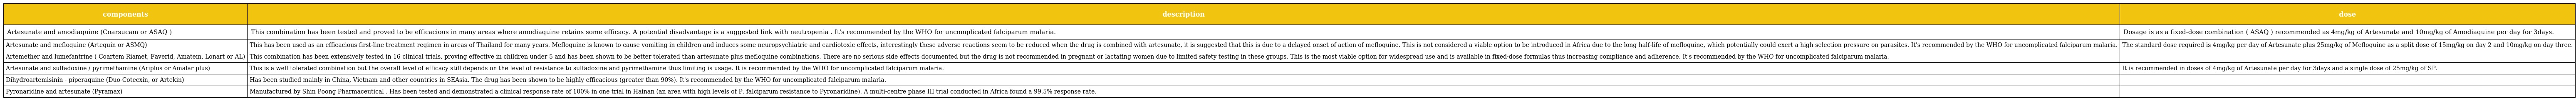
| components | description | dose |
 | --- | --- | --- |
 | Artesunate and amodiaquine (Coarsucam or ASAQ ) | This combination has been tested and proved to be efficacious in many areas where amodiaquine retains some efficacy. A potential disadvantage is a suggested link with neutropenia . It's recommended by the WHO for uncomplicated falciparum malaria. | Dosage is as a fixed-dose combination ( ASAQ ) recommended as 4mg/kg of Artesunate and 10mg/kg of Amodiaquine per day for 3days. |
 | Artesunate and mefloquine (Artequin or ASMQ) | This has been used as an efficacious first-line treatment regimen in areas of Thailand for many years. Mefloquine is known to cause vomiting in children and induces some neuropsychiatric and cardiotoxic effects, interestingly these adverse reactions seem to be reduced when the drug is combined with artesunate, it is suggested that this is due to a delayed onset of action of mefloquine. This is not considered a viable option to be introduced in Africa due to the long half-life of mefloquine, which potentially could exert a high selection pressure on parasites. It's recommended by the WHO for uncomplicated falciparum malaria. | The standard dose required is 4mg/kg per day of Artesunate plus 25mg/kg of Mefloquine as a split dose of 15mg/kg on day 2 and 10mg/kg on day three. |
 | Artemether and lumefantrine ( Coartem Riamet, Faverid, Amatem, Lonart or AL) | This combination has been extensively tested in 16 clinical trials, proving effective in children under 5 and has been shown to be better tolerated than artesunate plus mefloquine combinations. There are no serious side effects documented but the drug is not recommended in pregnant or lactating women due to limited safety testing in these groups. This is the most viable option for widespread use and is available in fixed-dose formulas thus increasing compliance and adherence. It's recommended by the WHO for uncomplicated falciparum malaria. |  |
 | Artesunate and sulfadoxine / pyrimethamine (Ariplus or Amalar plus) | This is a well tolerated combination but the overall level of efficacy still depends on the level of resistance to sulfadoxine and pyrimethamine thus limiting is usage. It is recommended by the WHO for uncomplicated falciparum malaria. | It is recommended in doses of 4mg/kg of Artesunate per day for 3days and a single dose of 25mg/kg of SP. |
 | Dihydroartemisinin - piperaquine (Duo-Cotecxin, or Artekin) | Has been studied mainly in China, Vietnam and other countries in SEAsia. The drug has been shown to be highly efficacious (greater than 90%). It's recommended by the WHO for uncomplicated falciparum malaria. |  |
 | Pyronaridine and artesunate (Pyramax) | Manufactured by Shin Poong Pharmaceutical . Has been tested and demonstrated a clinical response rate of 100% in one trial in Hainan (an area with high levels of P. falciparum resistance to Pyronaridine). A multi-centre phase III trial conducted in Africa found a 99.5% response rate. |  |